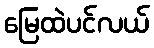
မြေထဲပင်လယ်